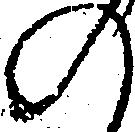
の